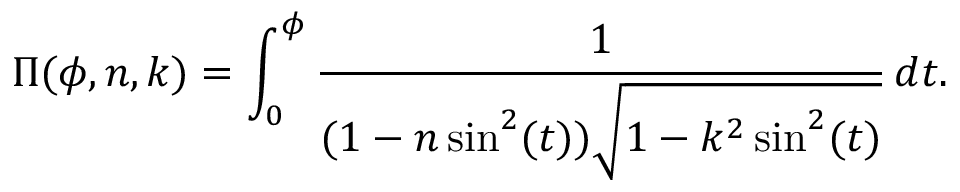
\Pi ( \phi , n , k ) = \int _ { 0 } ^ { \phi } { \frac { 1 } { ( 1 - n \sin ^ { 2 } ( t ) ) { \sqrt { 1 - k ^ { 2 } \sin ^ { 2 } ( t ) } } } } \, d t .